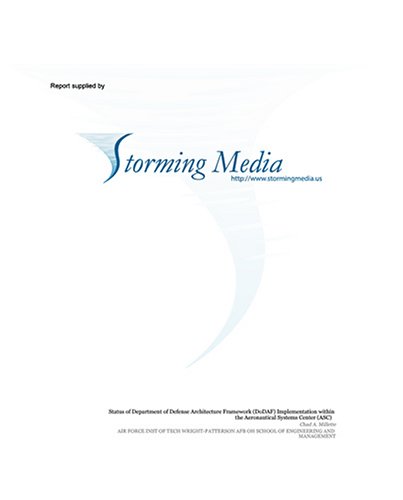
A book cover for Recursive Parameter Identification for Estimating and Displaying Maneuvering Vessel Path; Stephen J. Pullard; Health, Fitness & Dieting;